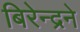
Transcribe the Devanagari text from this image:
बिरेन्द्रने